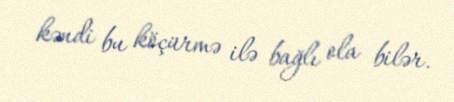
kəndi bu köçürmə ilə bağlı ola bilər.